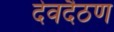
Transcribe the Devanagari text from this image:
देवदैठण